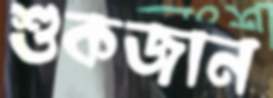
শুকজান